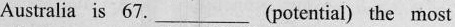
Australia is 67. ___ (potential) the most